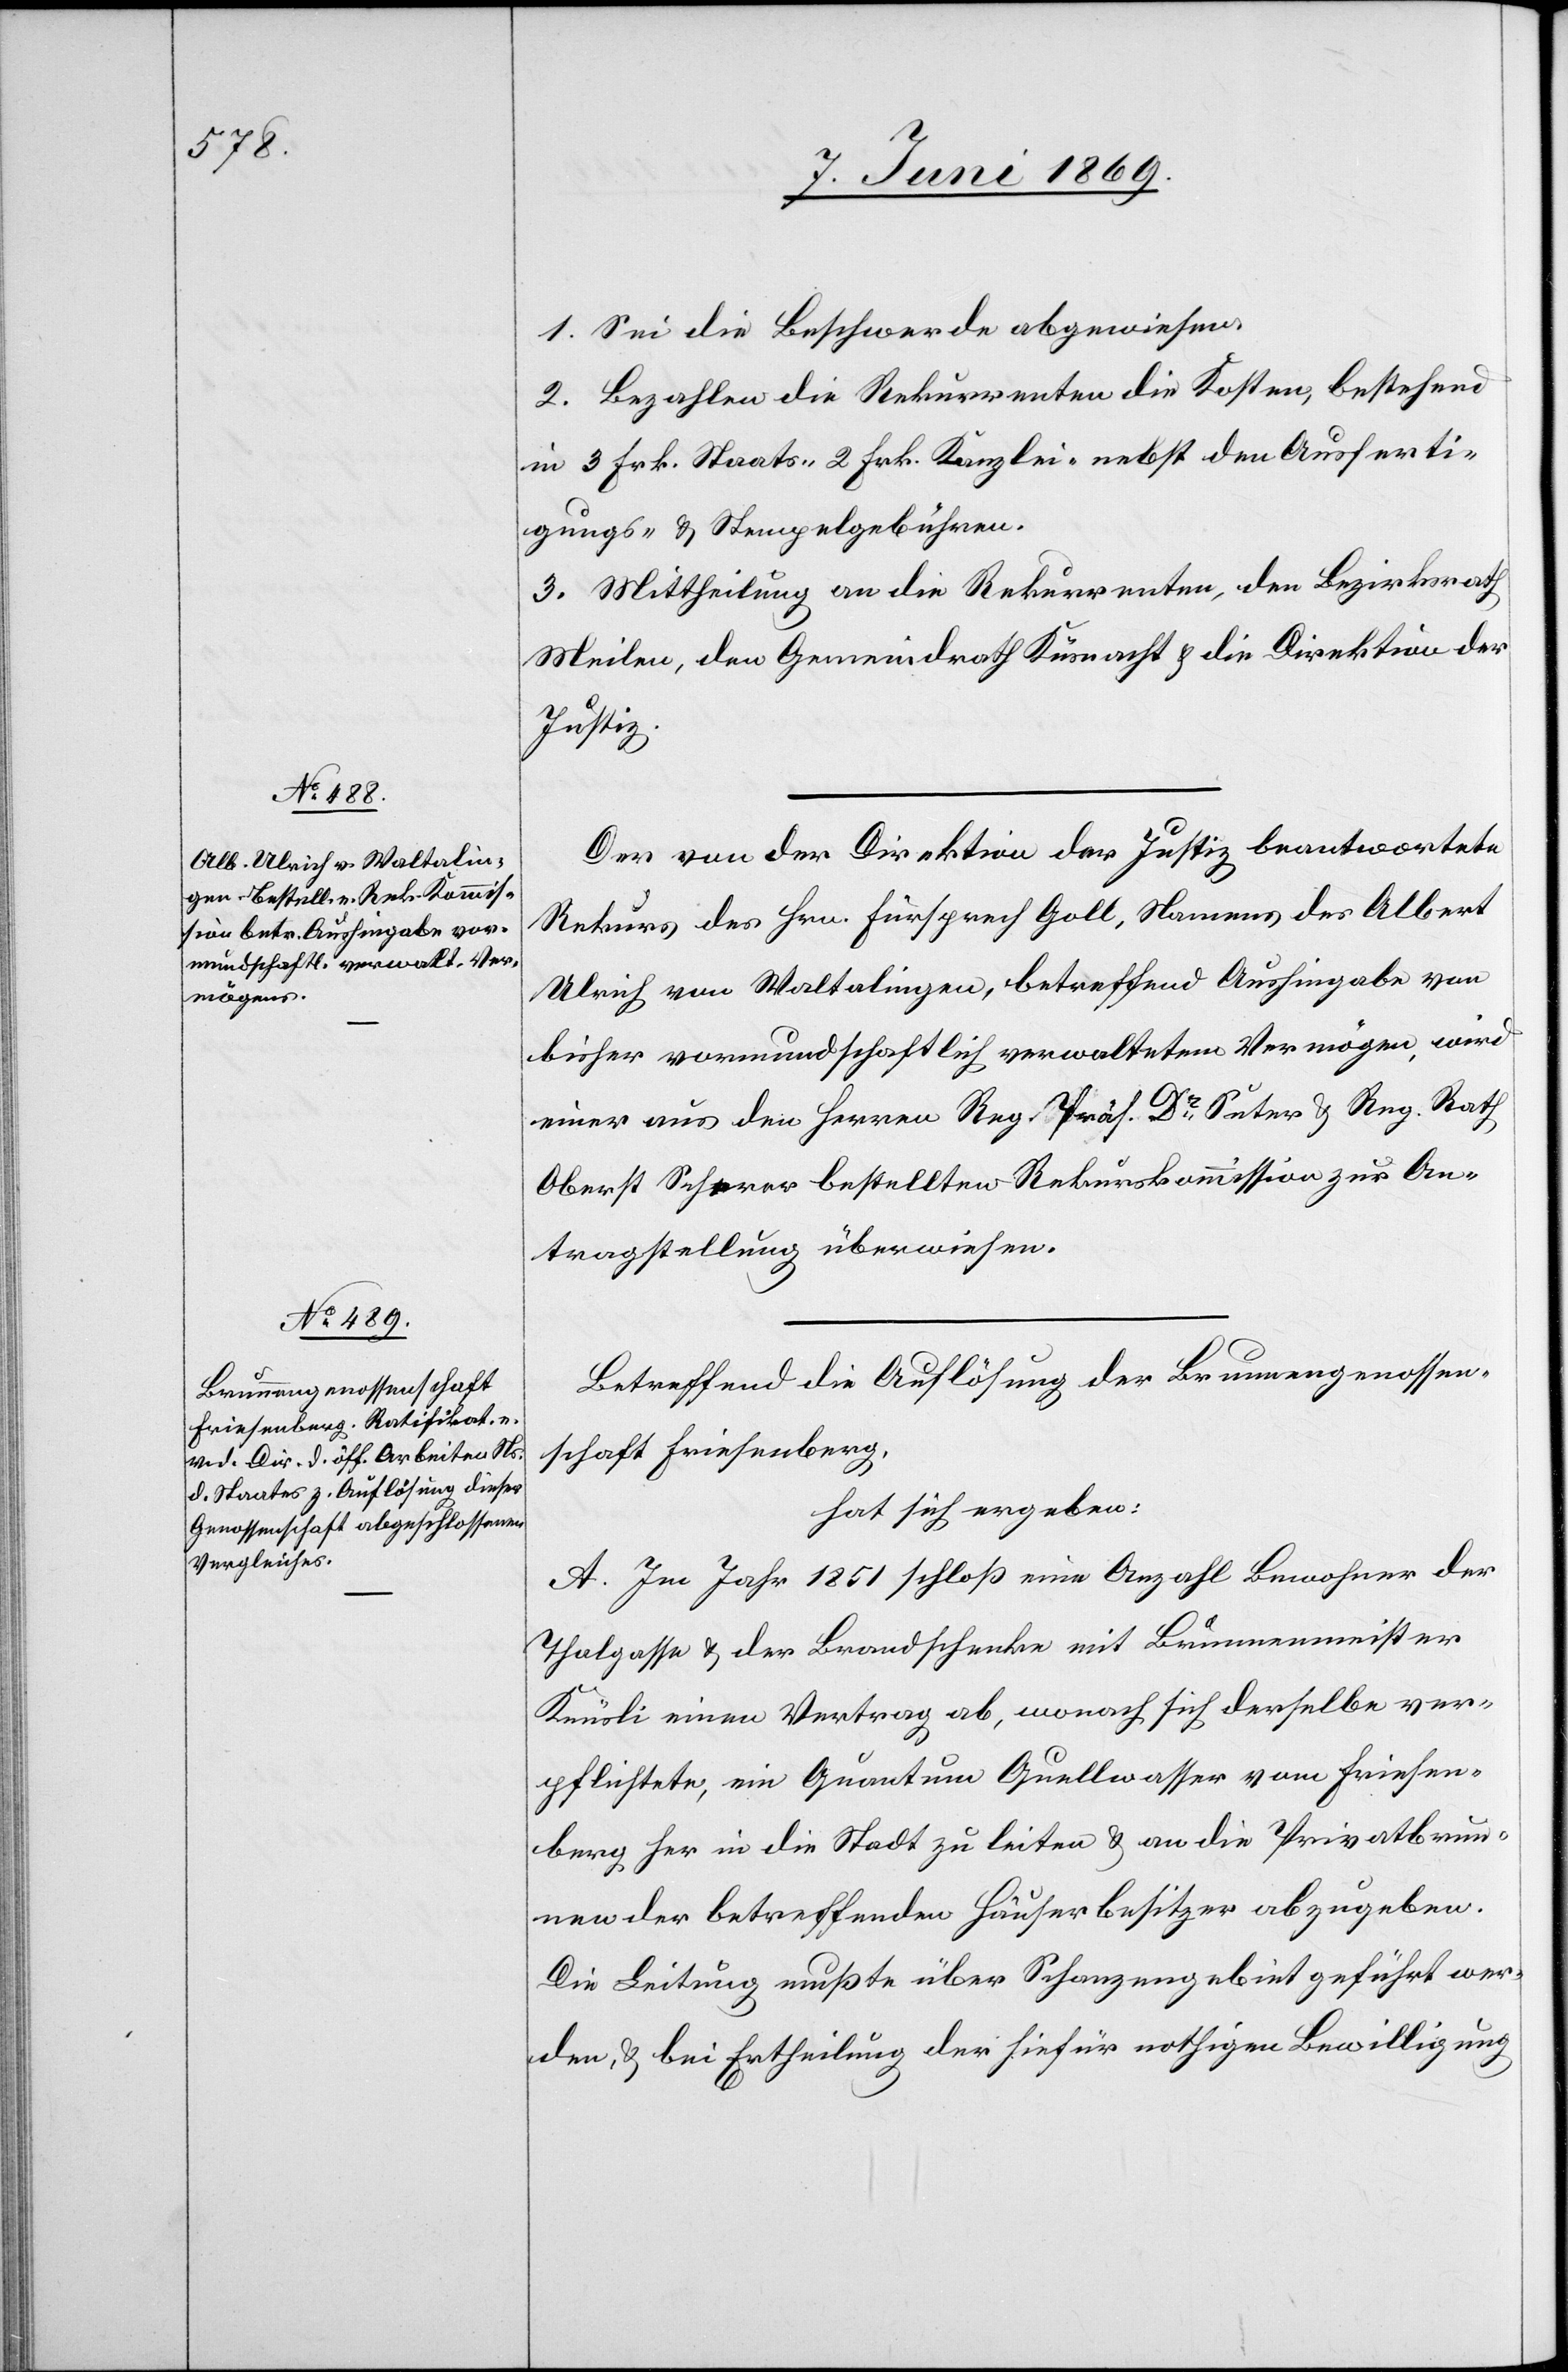
1. Sei die Beschwerde abgewiesen.
2. Bezahlen die Rekurrenten die Kosten, bestehend
in 3 Frk. Staats- 2 Frk. Kanzlei- nebst den Ausferti¬
gungs- u. Stempelgebühren.
3. Mittheilung an die Rekurrenten, den Bezirksrath
Meilen, den Gemeindrath Küsnacht u. die Direktion der
Justiz.
Der von der Direktion der Justiz beantwortete
Rekurs des Hrn. Fürsprech Goll, namens des Albert
Ulrich von Waltalingen, betreffend Aushingabe von
bisher vormundschaftlich verwaltetem Vermögen, wird
einer aus den Herren Reg. Präs. D Suter, Reg. Rath
Albert Scherer bestellten Rekurskommission zur An¬
tragstellung überwiesen.
Betreffend die Auflösung der Brunnengenossen¬
schaft Frisenberg,
hat sich ergeben:
A. Im Jahr 1851 schloß eine Anzahl Bewohner der
Thalgasse u. der Brandschenke mit Brunnenmeister
Knüsli einen Vertrag ab, wonach sich derselbe ver¬
pflichtete, ein Quantum Quellwasser vom Frisen¬
berg her in die Stadt zu leiten u. an die Privatbrun¬
nen der betreffenden Häuserbesitzer abzugeben.
Die Leitung mußte über Schanzengebiet geführt wer¬
den, u. bei Ertheilung der hiefür nöthigen Bewilligung